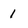
Character: 1